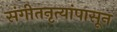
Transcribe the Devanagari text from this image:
संगीतनृत्यांपासून